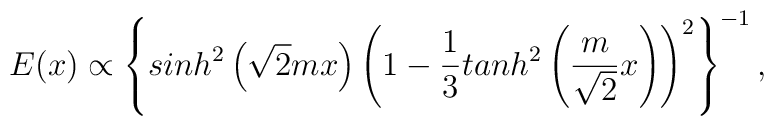
E(x) \propto\left\{ sinh^2\left(\sqrt{2}mx\right)\left(1-\frac 13 tanh^2\left(\frac{m}{\sqrt 2}x \right)\right)^2\right\}^{-1},